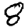
Digit: 8